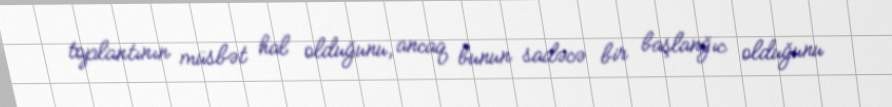
toplantının müsbət hal olduğunu, ancaq bunun sadəcə bir başlanğıc olduğunu